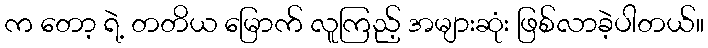
က တော့ ရဲ့ တတိယ မြောက် လူကြည့် အများဆုံး ဖြစ်လာခဲ့ပါတယ်။